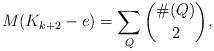
LaTeX: \begin{align*}M(K_{k+2}-e)=\sum_{Q} \binom{\#(Q)}2,\end{align*}